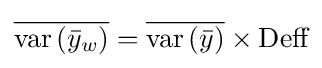
{\overline {{\text{var}}\left({\bar {y}}_{w}\right)}}={\overline {{\text{var}}\left({\bar {y}}\right)}}\times {\text{Deff}}